Annual report of the Madras Medical College
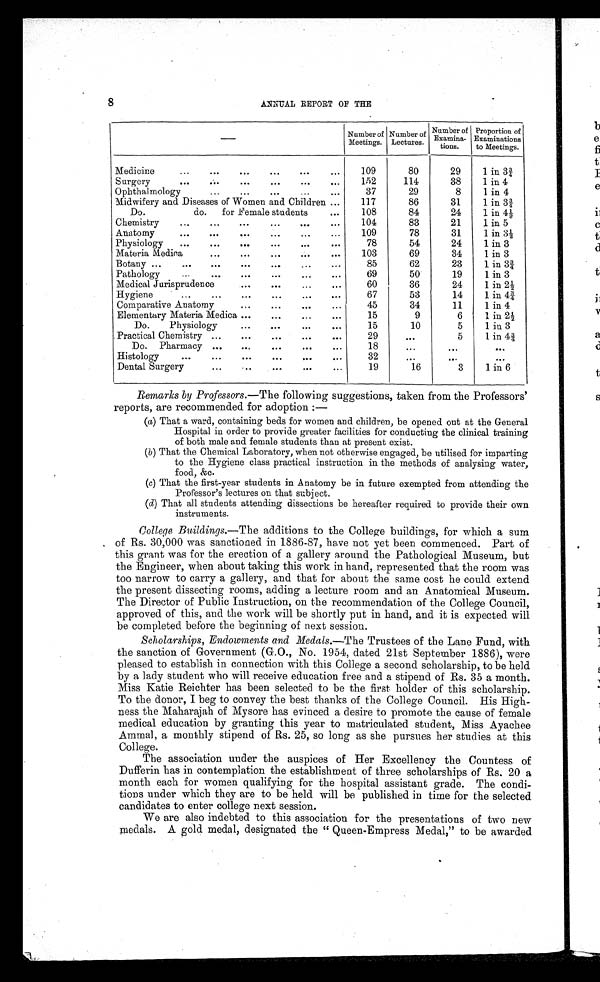
8
ANNUAL REPORT OF THE
Number of
Meetings
Number of
Lectures
Number of
Examina-
tions.
Proportion of
Examinations
to Meetings.
Medicine
109
80
29
1 in 3¾
Surgery
152
114
38
1 in 4
Ophthalmology
37
29
8
1 in 4
Midwifery and Diseases of Women and Children
117
86
31
1 in 3¾
Do. do. for Female students
108
84
24
1 in 4½
Chemistry
104
83
21
1 in 5
Anatomy
109
78
31
1 in
3½
Physiology
78
54
24
1 in 3
Materia Medica
103
69
34
1 in 3
Botany
85
62
23
1 in
3¾
Pathology
69
50
19
1 in 3
Medical Jurisprudence
60
36
24
1 in
2½
Hygiene
67
53
14
1 in 4
¾
Comparative Anatomy
45
34
11
1 in 4
Elementary Materia Medica
15
9
6
1 in
2½
Do. Physiology
15
10
5
1 in 3
Practical Chemistry
29
5
1 in 4
¾
Do. Pharmacy
1 8
Histology
32
Dental Surgery
19
16
3
1 in 6
Remarks by Professors.—The following suggestions, taken from the Professors'
reports, are recommended for adoption —
(a) That a ward, containing beds for women and children, be opened out at the General
Hospital in order to provide greater facilities for conducting the clinical training
of both male and female students than at present exist.
(b)
That the Chemical Laboratory, when not otherwise engaged, be utilised for imparting
to the Hygiene class practical instruction in the methods of analysing water,
food, &c.
(c)
That the first-year students in Anatomy be in future exempted from attending the
Professor's lectures on that subject.
(d)
That all students attending dissections be hereafter required to provide their own
instruments.
College Buildings.— The additions to the College buildings, for which a sum
of Rs. 30,000 was sanctioned in 1886-87, have not yet been commenced. Part of
this grant was for the erection of a gallery around the Pathological Museum, but
the Engineer, when about taking this work in hand, represented that the room was
too narrow to carry a gallery, and that for about the same cost he could extend
the present dissecting rooms, adding a lecture room and an Anatomical Museum.
The Director of Public Instruction, on the recommendation of the College Council,
approved of this, and the work will be shortly put in hand, and it is expected will
be completed before the beginning of next session.
Scholarships, Endowments and Medals.— The Trustees of the Lane Fund, with
the sanction of Government (G.O., No. 1954, dated 21st September 1886), were
pleased to establish in connection with this College a second scholarship, to be held
by a lady student who will receive education free and a stipend of Rs. 35 a month.
Miss Katie Reichter has been selected to be the first holder of this scholarship.
To the donor, I beg to convey the best thanks of the College Council. His High
ness the Maharajah of Mysore has evinced a desire to promote the cause of female
medical education by granting this year to matriculated student, Miss Ayachee
Ammal, a monthly stipend of Rs. 25, so long as she pursues her studies at this
College.
The association under the auspices of Her Excellency the Countess of
Dufferin has in contemplation the establishment of three scholarships of Rs. 20 a
month each for women qualifying for the hospital assistant grade. The condi
tions under which they are to be held will be published in time for the selected
candidates to enter college next session.
We are also indebted to this association for the presentations of two new
medals. A gold medal, designated the "Queen-Empress Medal," to be awarded